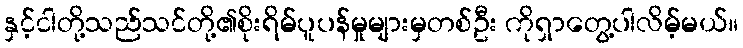
နှင့်ငါတို့သည်သင်တို့၏စိုးရိမ်ပူပန်မှုများမှတစ်ဦး ကိုရှာတွေ့ပါလိမ့်မယ်။